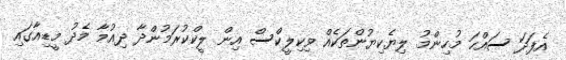
އެފަދަ ސައްހަ މުހިންމު ލިޔެކިޔުންތަކެއް ވިކިލީކްސް އިން ލީކްކުރަމުންދާ ދިއުމާ މެދު މީޑިއާގައި